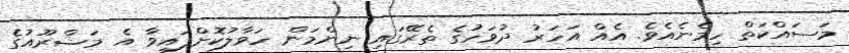
މަސައްކަތް ހިމެނެއެވެ. އެއް އަހަރު ދުވަހުގެ ތެރޭގައި ނިންމަން ހަވާލުކޮށްފައިވާ އެ މަޝްރޫއުގެ